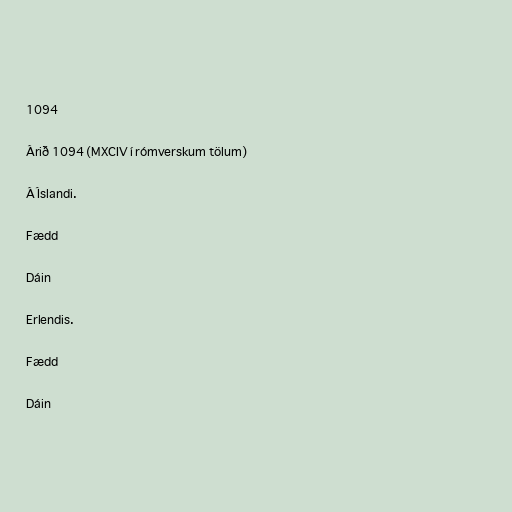
1094

Árið 1094 (MXCIV í rómverskum tölum)

Á Íslandi.

Fædd

Dáin

Erlendis.

Fædd

Dáin